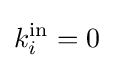
k_{i}^{\text{in}}=0